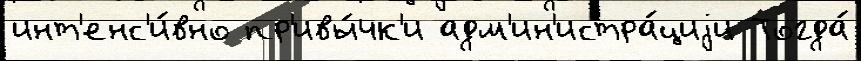
инт'енс'и́вно пр'ивы́чк'и адм'ин'истра́циjи Тогда́